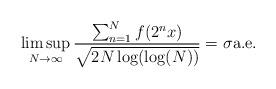
LaTeX: \begin{align*} \limsup_{N\to\infty}\frac{\sum_{n=1}^Nf(2^nx)}{\sqrt{2N\log(\log(N))}}=\sigma \textnormal{a.e.}\end{align*}